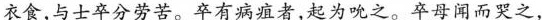
衣食，与士卒分劳苦。卒有病疽者，起为吮之。卒母闻而哭之，